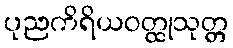
ပုညကိရိယဝတ္ထုသုတ္တ